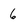
Character: 6